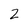
Character: 2